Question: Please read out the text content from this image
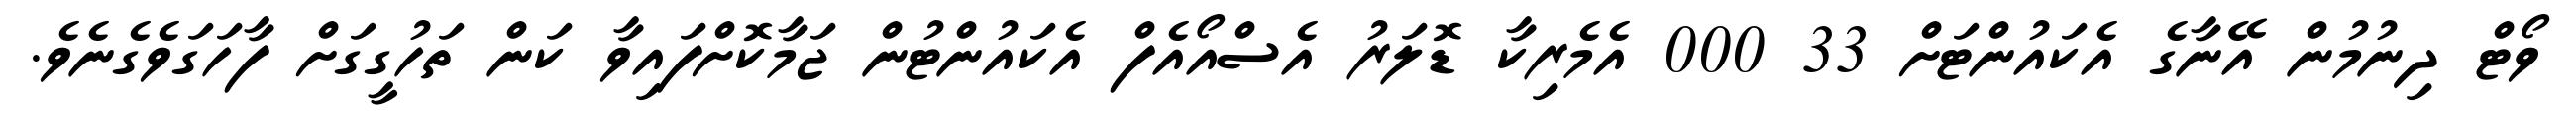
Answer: ވޯޓް ދިނުމުން އޭނާގެ އެކައުންޓަށް 33 000 އެމެރިކާ ޑޮލަރު އެސްއޯއެފް އެކައުންޓުން ޖަމާކޮށްފައިވާ ކަން ތަހުގީގަށް ފާހަގަވެގެނެވެ.